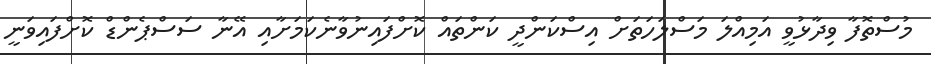
މުސްތޮފާ ވިދާޅުވީ އަމިއްލަ މަސްލަހަތަށް އިސްކަންދީ ކަންތައް ކޮށްފައިނުވާނެކަމަށާއި އޭނާ ސަސްޕެންޑް ކޮށްފައިވަނީ